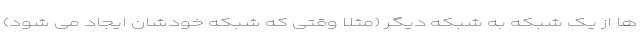
ها از یک شبکه به شبکه دیگر (مثلا وقتی که شبکه خودشان ایجاد می شود)